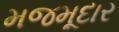
મજમૂદાર